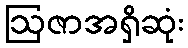
ဩဇာအရှိဆုံး